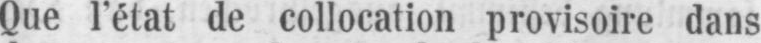
Que l’état de collocation provisoire dans